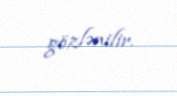
gözlənilir.